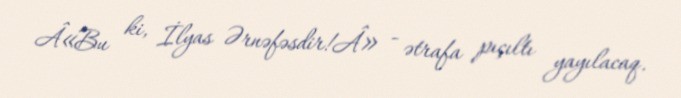
Â«Bu ki, İlyas Ərnəfəsdir!Â» - ətrafa pıçıltı yayılacaq.